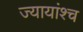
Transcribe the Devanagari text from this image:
ज्यायांश्च